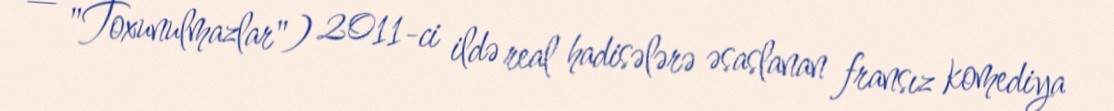
— "Toxunulmazlar") 2011-ci ildə real hadisələrə əsaslanan fransız komediya